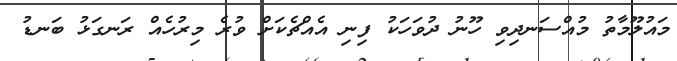
މައުލޫމާތު މުއްސަނދިވި ހޫނު ދުވަހަކު ފިނި އެއްޗެކަށް ވުރެ މިރުހެއް ރަނގަޅު ބަނޑު